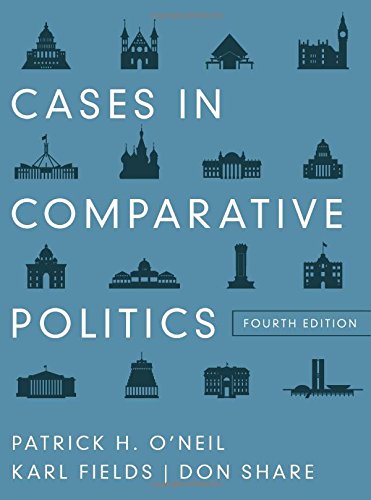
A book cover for Cases in Comparative Politics (Fourth Edition); Patrick H. O'Neil; Law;